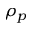
\rho _ { p }